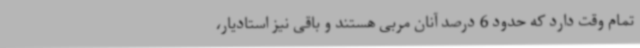
تمام وقت دارد که حدود 6 درصد آنان مربی هستند و باقی نیز استادیار،